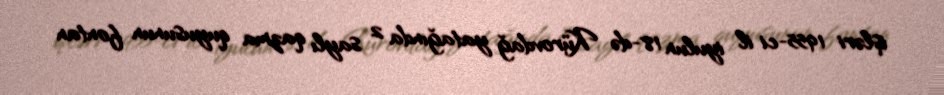
işləri 1955-ci il iyulun 18-də Kürovdağ yatağında 2 saylı qazma quyusunun fontan